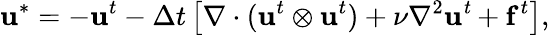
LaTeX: \mathbf{u}^{*}=-\mathbf{u}^{t}-{\Delta t}\left[\nabla\cdot(\mathbf{u}^{t}\otimes\mathbf{u}^{t})+\nu\nabla^{2}\mathit{\mathbf{u}^{t}}+\mathbf{f}^{t}\right],